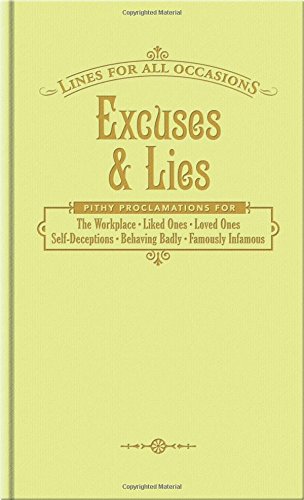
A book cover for Excuses and Lies for All Occasions (Lines For All Occasions) (Lfao); Knock Knock; Humor & Entertainment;